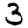
Digit: 3